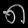
Digit: ၈